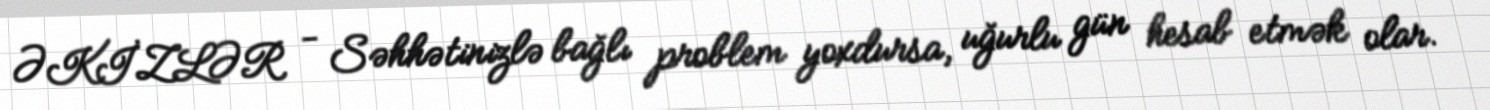
ƏKİZLƏR - Səhhətinizlə bağlı problem yoxdursa, uğurlu gün hesab etmək olar.